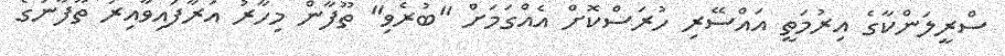
ސްރީލަންކާގެ އިރުމަތީ އައްސޭރި ހުރަސްކޮށް އެއްގަމަށް "ބުރެވި" ތޫފާން މިހާރު އަރާފައިވާއިރު ތޫފާނުގެ